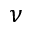
\nu